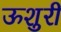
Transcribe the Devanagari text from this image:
ऊशुरी